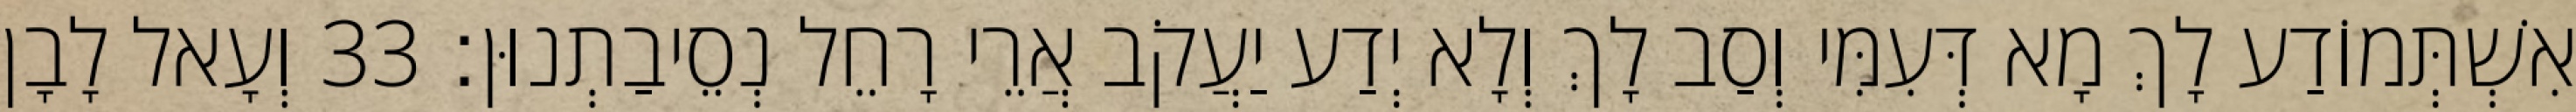
אִשְׁתְּמוֹדַע לָךְ מָא דְּעִמִּי וְסַב לָךְ וְלָא יְדַע יַעֲקֹב אֲרֵי רָחֵל נְסֵיבַתְנוּן׃ 33 וְעָאל לָבָן